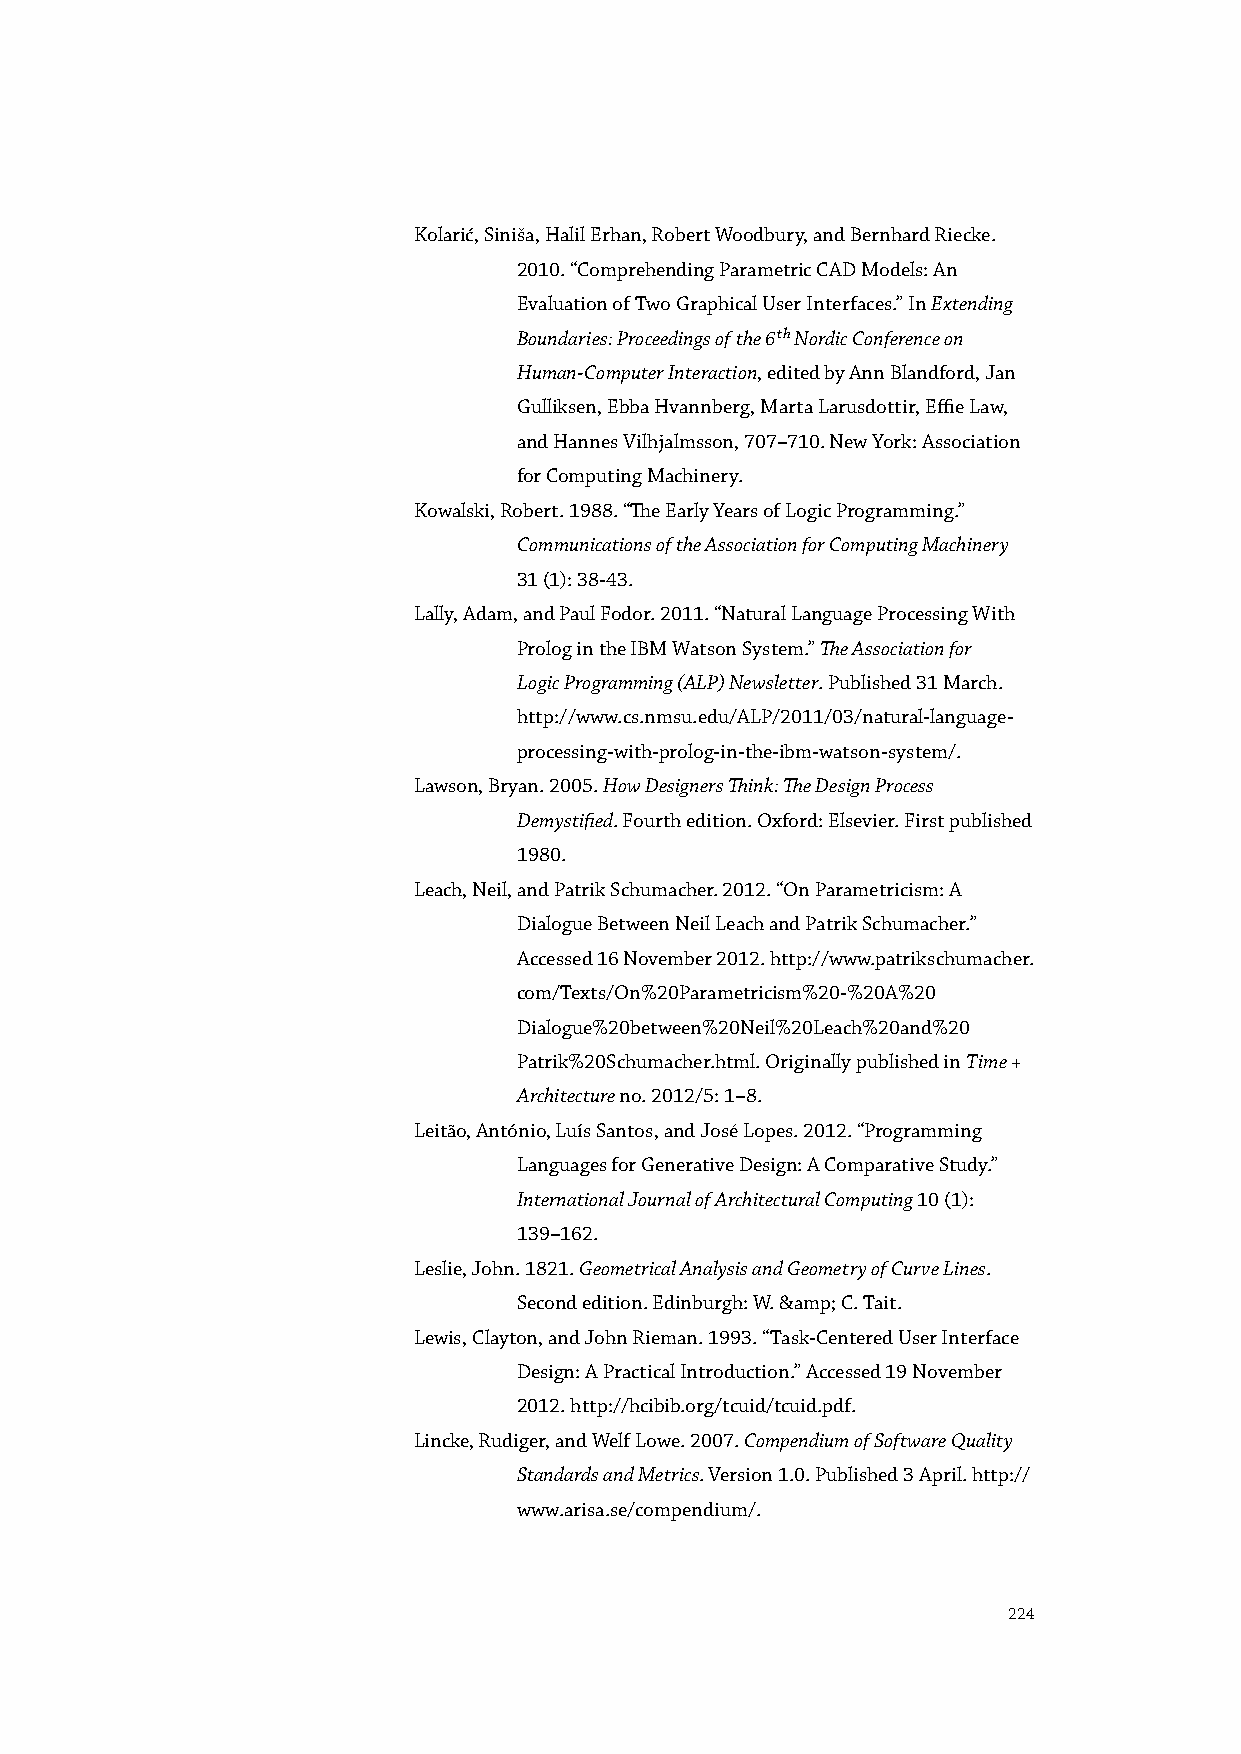
Kolarić, Siniša, Halil Erhan, Robert Woodbury, and Bernhard Riecke.
 2010. “Comprehending Parametric CAD Models: An
 Evaluation of Two Graphical User Interfaces.” In Extending
 Boundaries: Proceedings of the 6th Nordic Conference on
 Human-Computer Interaction, edited by Ann Blandford, Jan
 Gulliksen, Ebba Hvannberg, Marta Larusdottir, Effie Law,
 and Hannes Vilhjalmsson, 707–710. New York: Association
 for Computing Machinery.
 Kowalski, Robert. 1988. “The Early Years of Logic Programming.”
 Communications of the Association for Computing Machinery
 31 (1): 38-43.
 Lally, Adam, and Paul Fodor. 2011. “Natural Language Processing With
 Prolog in the IBM Watson System.” The Association for
 Logic Programming (ALP) Newsletter. Published 31 March.
 http://www.cs.nmsu.edu/ALP/2011/03/natural-language-
 processing-with-prolog-in-the-ibm-watson-system/.
 Lawson, Bryan. 2005. How Designers Think: The Design Process
 Demystified. Fourth edition. Oxford: Elsevier. First published
 1980.
 Leach, Neil, and Patrik Schumacher. 2012. “On Parametricism: A
 Dialogue Between Neil Leach and Patrik Schumacher.”
 Accessed 16 November 2012. http://www.patrikschumacher.
 com/Texts/On%20Parametricism%20-%20A%20
 Dialogue%20between%20Neil%20Leach%20and%20
 Patrik%20Schumacher.html. Originally published in Time +
 Architecture no. 2012/5: 1–8.
 Leitão, António, Luís Santos, and José Lopes. 2012. “Programming
 Languages for Generative Design: A Comparative Study.”
 International Journal of Architectural Computing 10 (1):
 139–162.
 Leslie, John. 1821. Geometrical Analysis and Geometry of Curve Lines.
 Second edition. Edinburgh: W. &amp; C. Tait.
 Lewis, Clayton, and John Rieman. 1993. “Task-Centered User Interface
 Design: A Practical Introduction.” Accessed 19 November
 2012. http://hcibib.org/tcuid/tcuid.pdf.
 Lincke, Rudiger, and Welf Lowe. 2007. Compendium of Software Quality
 Standards and Metrics. Version 1.0. Published 3 April. http://
 www.arisa.se/compendium/.
 224